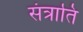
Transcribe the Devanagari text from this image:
संत्राति